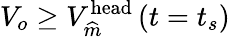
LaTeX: V_{o}\geq V_{\widehat{m}}^{\textrm{head}}\left(t=t_{s}\right)